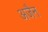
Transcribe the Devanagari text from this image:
अजैन